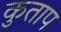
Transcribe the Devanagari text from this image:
कुताप